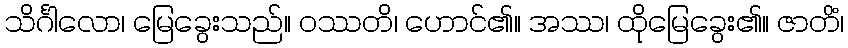
သိင်္ဂါလော၊ မြေခွေးသည်။ ဝဿတိ၊ ဟောင်၏။ အဿ၊ ထိုမြေခွေး၏။ ဇာတိံ၊